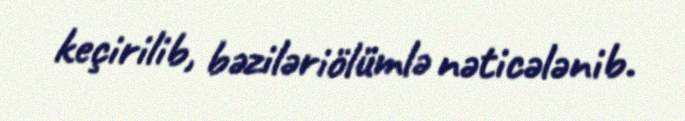
keçirilib, bəziləriölümlə nəticələnib.